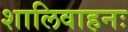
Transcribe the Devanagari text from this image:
शालिवाहनः